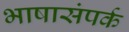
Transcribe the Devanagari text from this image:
भाषासंपर्क